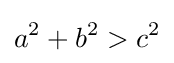
a^{2}+b^{2}>c^{2}